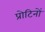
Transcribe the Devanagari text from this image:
प्रोटिनों